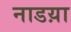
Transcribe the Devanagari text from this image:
नाडय़ा